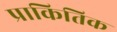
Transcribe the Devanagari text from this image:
प्राकितिक